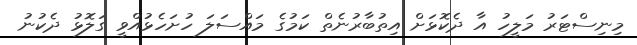
މިނިސްޓަރު މަލީހު އާ ދެކޮޅަށް އިތުބާރުނެތް ކަމުގެ މައްސަލަ ހުށަހެޅުއްވީ ގަލޮޅު ދެކުނު